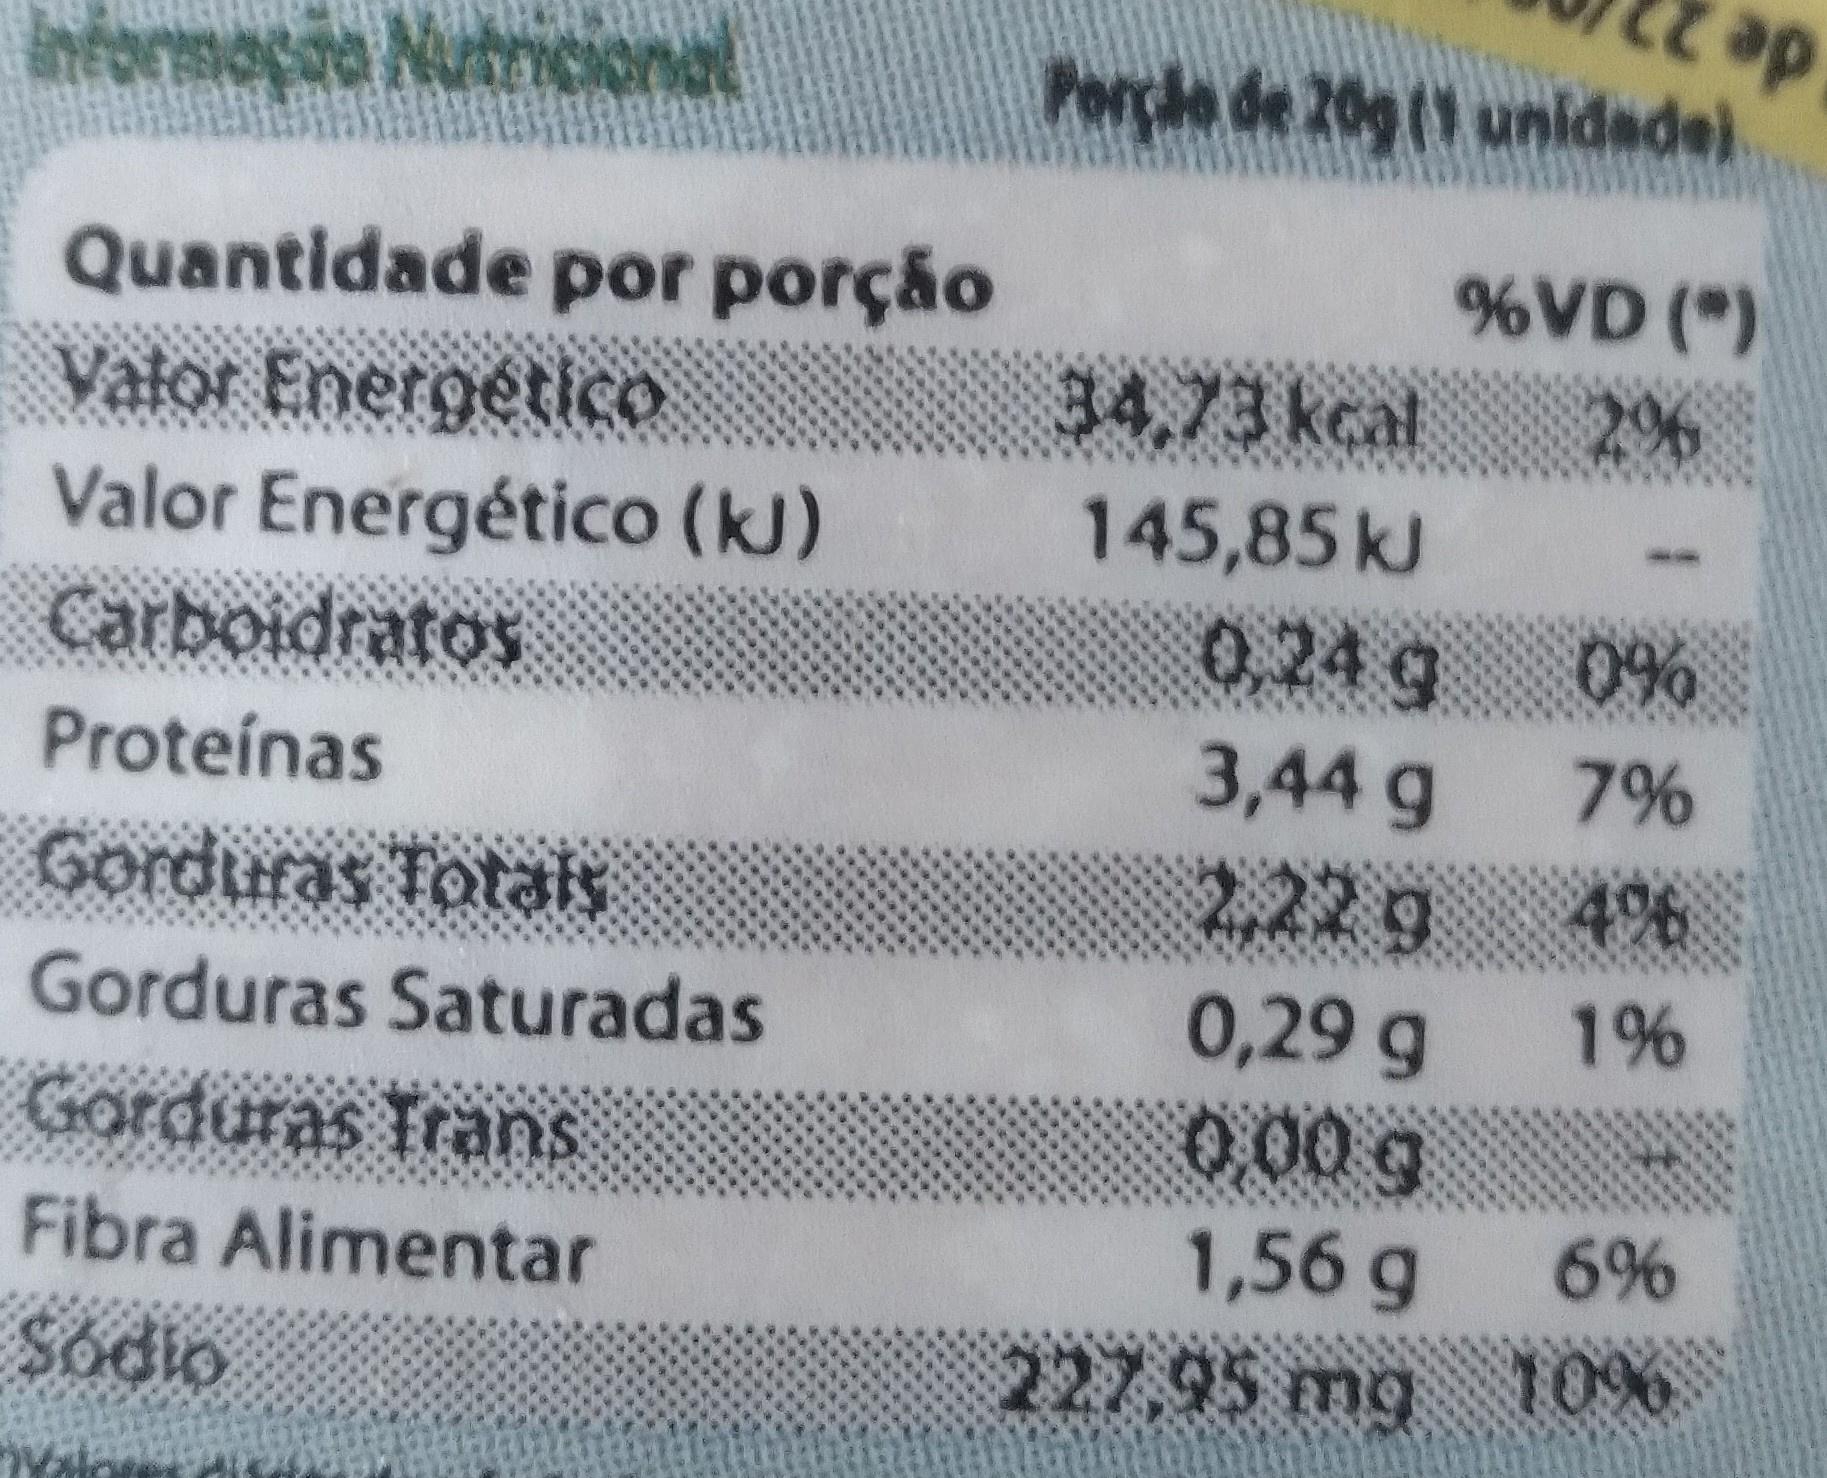
informação NutriCIonal
Perçle de 20g (1 unidade)
Quantidade por porção Valor Energético Valor Energético (kJ) Carboidratos
%VD (")
34,73 kcal
2%
145,85kJ
0,24 g 0% 3,44 g 7% 2.22g
Proteínas
Gorduras Totaly
4%
0,29 g 1% 0.00 g
Gorduras Saturadas
Gorduras Trans
Fibra Alimentar
1,56 g 6%
Sódio
227,95 mg 10%